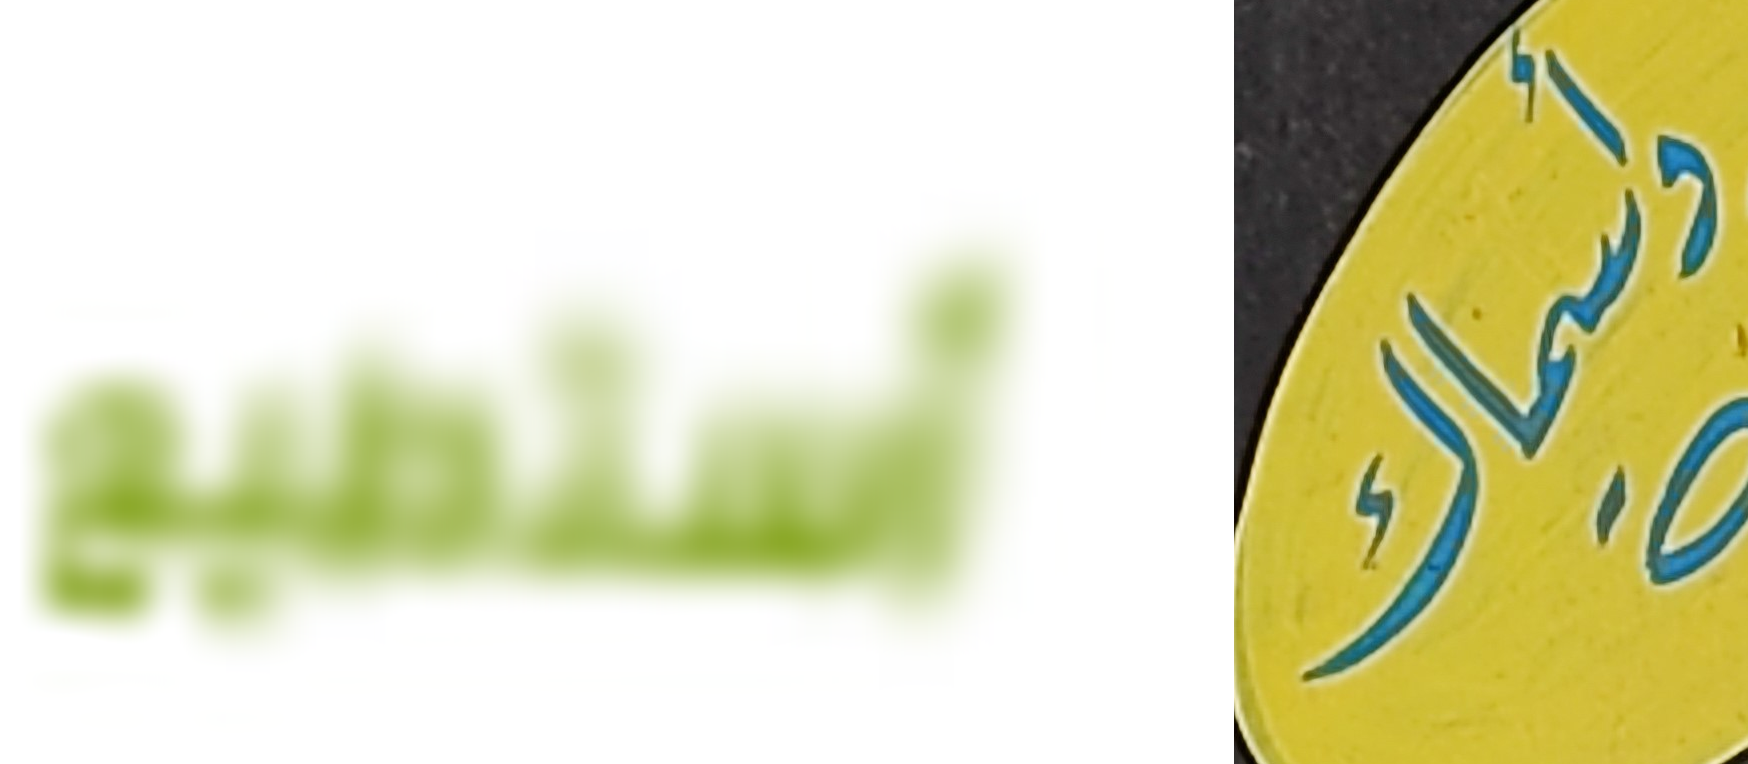
أستطيع وأسماك